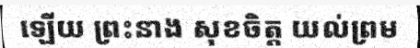
ឡើយ ព្រះនាង សុខចិត្ត យល់ព្រម